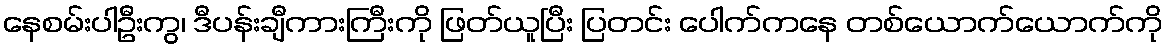
နေစမ်းပါဦးကွ၊ ဒီပန်းချီကားကြီးကို ဖြတ်ယူပြီး ပြတင်း ပေါက်ကနေ တစ်ယောက်ယောက်ကို